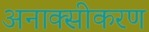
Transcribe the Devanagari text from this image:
अनाक्सीकरण